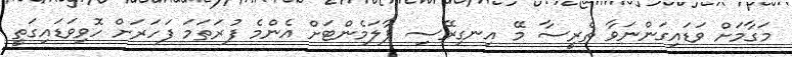
މަގާމަށް ވަޑައިގަންނަވާ ތެރީސާ މޭ އިނގިރޭސި ޕާލަމެންޓަށް އެންމެ ފުރަތަމަ ފަހަރަށް ހޮވިވަޑައިގަތީ